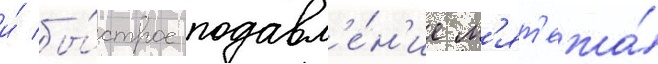
и́ бы́строе подавл'е́н'ие м'ят'ежа́